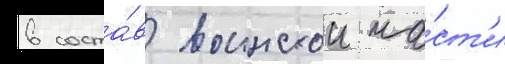
в соста́в воинскои ча́ст'и